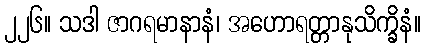
၂၂၆။ သဒါ ဇာဂရမာနာနံ၊ အဟောရတ္တာနုသိက္ခိနံ။